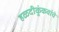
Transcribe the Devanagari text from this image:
हळदीकुंकवांचे